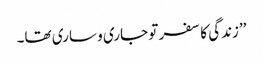
’’زندگی کا سفر تو جاری و ساری تھا۔